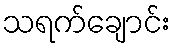
သရက်ချောင်း